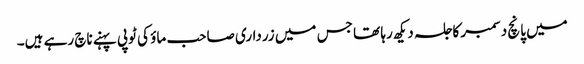
میں پانچ دسمبر کا جلسہ دیکھ رہا تھا جس میں زرداری صاحب ماؤ کی ٹوپی پہنے ناچ رہے ہیں۔